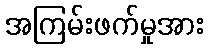
အကြမ်းဖက်မှုအား